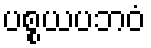
ပစ္စယပဘဝံ